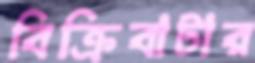
বিক্রিবাটার